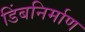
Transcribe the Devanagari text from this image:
डिंबनिर्माण